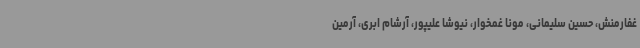
غفارمنش، حسین سلیمانی، مونا غمخوار، نیوشا علیپور، آرشام ابری، آرمین